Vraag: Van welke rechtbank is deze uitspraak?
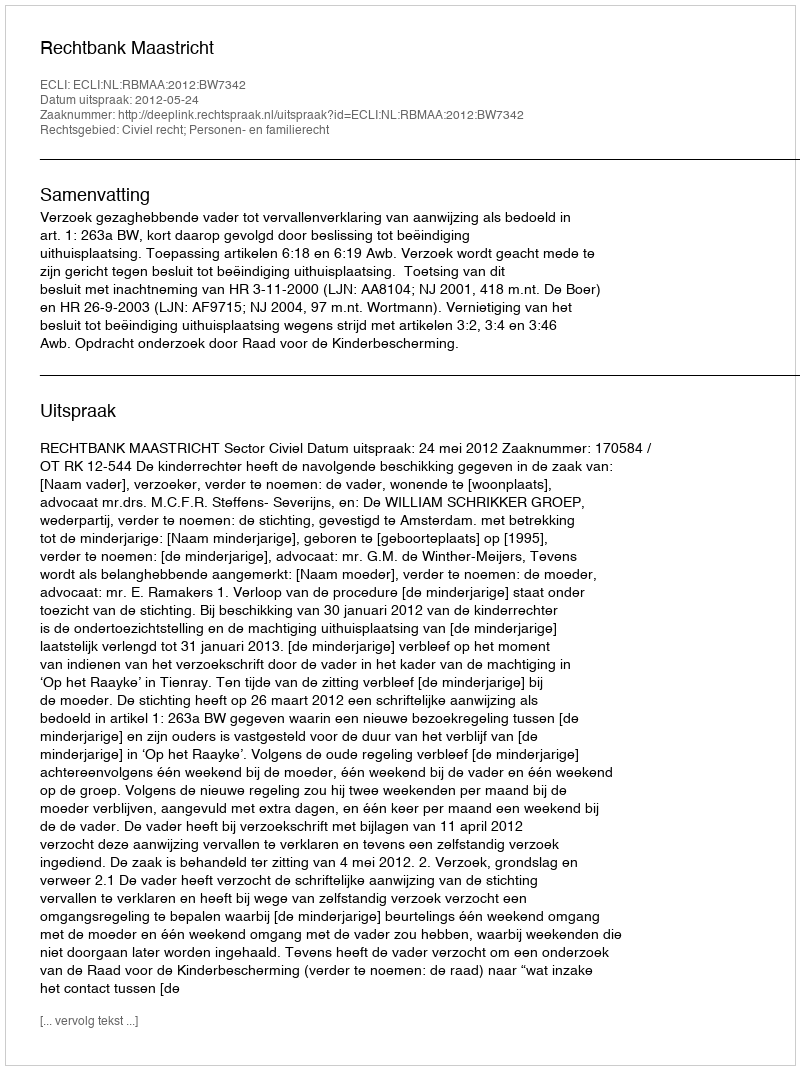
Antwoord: Rechtbank Maastricht